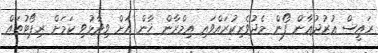
ރައީސް ޣުރުދުޣާން ފޯން މެދުވެރިކުރައްވައި އިމްރާން ޚާން އަށް ވިދާޅުވި ކަމަށް ރިޕޯޓުތައް